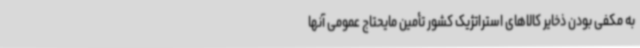
به مکفی بودن ذخایر کالاهای استراتژیک کشور تأمین مایحتاج عمومی آنها